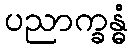
ပညာက္ခန္ဓံ